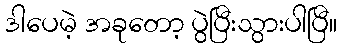
ဒါပေမဲ့ အခုတော့ ပွဲပြီးသွားပါပြီ။